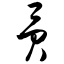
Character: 贡